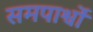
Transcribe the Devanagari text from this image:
समपार्श्वों